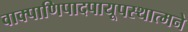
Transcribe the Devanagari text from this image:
वाक्पाणिपादपायूपस्थात्मने